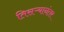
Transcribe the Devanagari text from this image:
तिसऱ्यानंतर